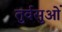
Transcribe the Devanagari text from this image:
तुर्वसुओं